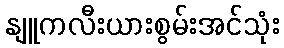
နျူကလီးယားစွမ်းအင်သုံး